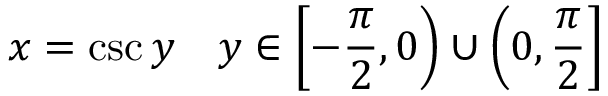
x = \csc y \ \ \ y \in \left[ - { \frac { \pi } { 2 } } , 0 \right) \cup \left( 0 , { \frac { \pi } { 2 } } \right]